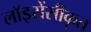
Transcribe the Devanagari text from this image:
लॉइसेंसीकृत